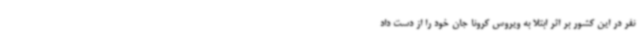
نفر در این کشور بر اثر ابتلا به ویروس کرونا جان خود را از دست داد